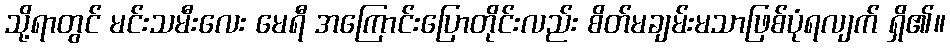
သို့ရာတွင် မင်းသမီးလေး မေရီ အကြောင်းပြောတိုင်းလည်း စိတ်မချမ်းမသာဖြစ်ပုံရလျက် ရှိ၏။